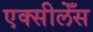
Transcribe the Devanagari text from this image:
एक्सीलेँस